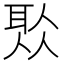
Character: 𦕦